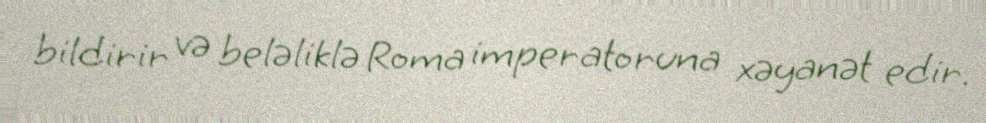
bildirir və beləliklə Roma imperatoruna xəyanət edir.